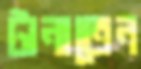
টানাতেন